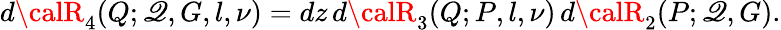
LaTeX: d{\calR}_{4}(Q;\mathscr{Q},G,l,\nu)=dz\, d{\calR}_{3}(Q;P,l,\nu)\, d{\calR}_{2}(P;\mathscr{Q},G).